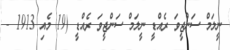
ނީލަމް ސަންޖީވަ ރެއްޑީ ނީލަމް ސަންޖީވަ ރެއްޑީ (19 މެއި 1913 -